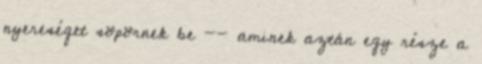
nyereséget söpörnek be -- aminek aztán egy része a